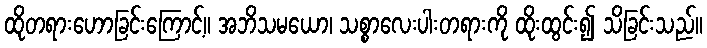
ထိုတရားဟောခြင်းကြောင့်။ အဘိသမယော၊ သစ္စာလေးပါးတရားကို ထိုးထွင်း၍ သိခြင်းသည်။